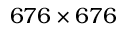
6 7 6 \times 6 7 6